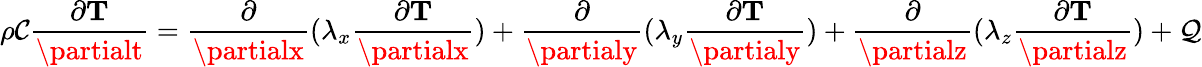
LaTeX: \rho\mathcal{C}\frac{{\partial\mathbf{{T}}}}{{\partialt}}=\frac{{\partial}}{{\partialx}}(\lambda_{x}\frac{{\partial\mathbf{{T}}}}{{\partialx}})+\frac{{\partial}}{{\partialy}}(\lambda_{y}\frac{{\partial\mathbf{{T}}}}{{\partialy}})+\frac{{\partial}}{{\partialz}}(\lambda_{z}\frac{{\partial\mathbf{{T}}}}{{\partialz}})+\mathcal{{Q}}